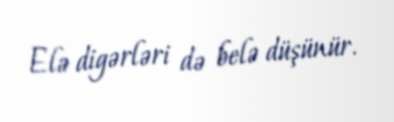
Elə digərləri də belə düşünür.